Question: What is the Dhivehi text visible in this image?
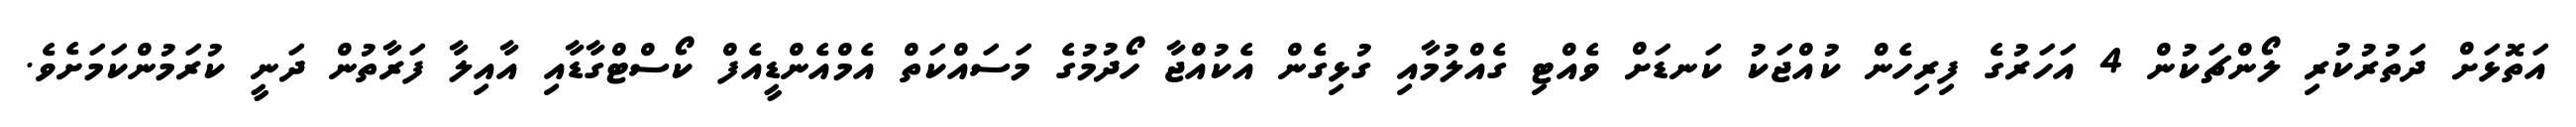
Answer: އަތޮޅަށް ދަތުރުކުރި ލޯންޗަކުން 4 އަހަރުގެ ފިރިހެން ކުއްޖަކު ކަނޑަށް ވެއްޓި ގެއްލުމާއި ގުޅިގެން އެކުއްޖާ ހޯދުމުގެ މަސައްކަތް އެމްއެންޑީއެފް ކޯސްޓްގާޑާއި އާއިލާ ފަރާތުން ދަނީ ކުރަމުންކަމަށެވެ.